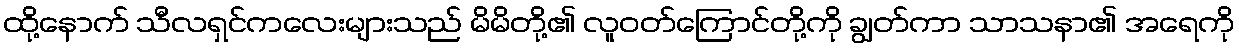
ထို့နောက် သီလရှင်ကလေးများသည် မိမိတို့၏ လူဝတ်ကြောင်တို့ကို ချွတ်ကာ သာသနာ၏ အရေကို